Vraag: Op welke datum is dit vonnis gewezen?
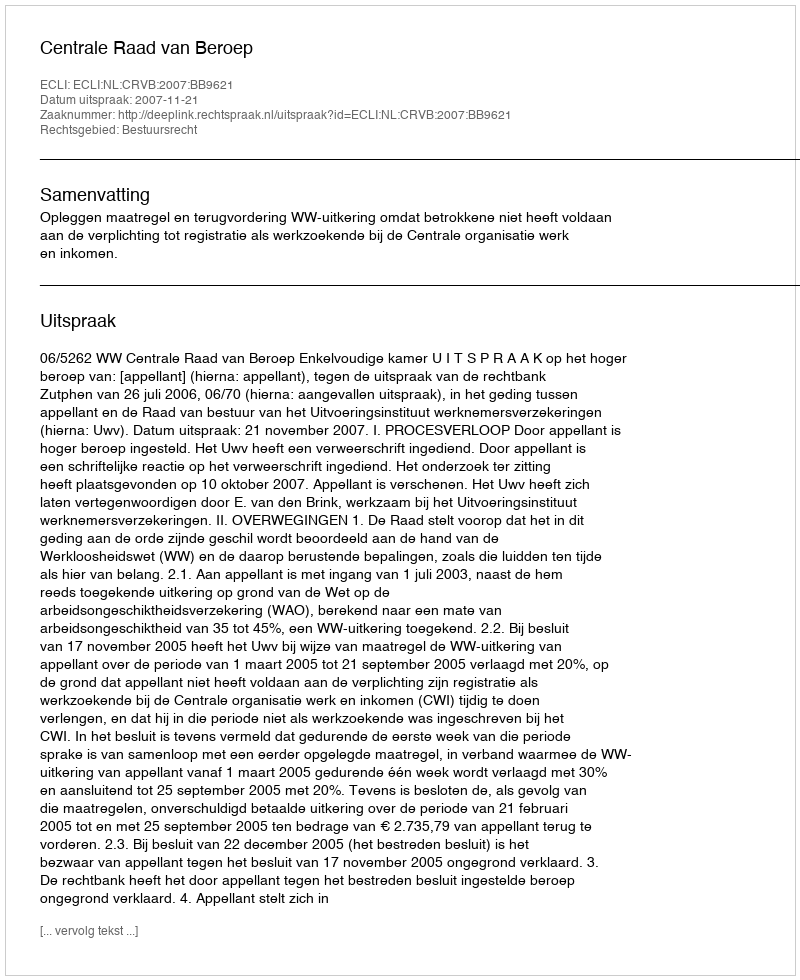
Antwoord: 2007-11-21